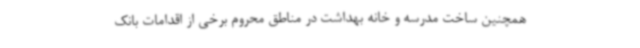
همچنین ساخت مدرسه و خانه بهداشت در مناطق محروم برخی از اقدامات بانک